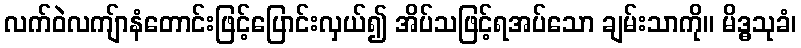
လက်ဝဲလကျ်ာနံတောင်းဖြင့်ပြောင်းလှယ်၍ အိပ်သဖြင့်ရအပ်သော ချမ်းသာကို။ မိဒ္ဓသုခံ၊